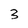
Character: 3